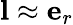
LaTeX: {\mathbf l}\approx{\mathbf e}_{r}